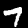
Label: 7